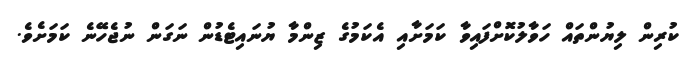
ކުރިން ލިޔުންތައް ހަވާލުކޮށްފައިވާ ކަމަށާއި އެކަމުގެ ޒިންމާ ޔުނައިޓެޑުން ނަގަން ނުޖެހޭނެ ކަމަށެވެ.